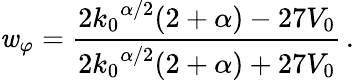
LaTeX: \mathit{w}_{\varphi}=\frac{{2{k_{0}}^{\alpha/2}(2+\alpha)-27V_{0}}}{{2{k_{0}}^{\alpha/2}(2+\alpha)+27V_{0}}}\, .